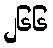
၂၆၆